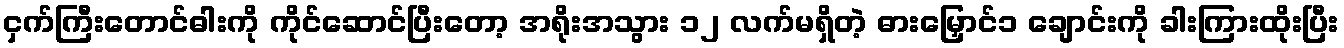
ငှက်ကြီးတောင်ဓါးကို ကိုင်ဆောင်ပြီးတော့ အရိုးအသွား ၁၂ လက်မရှိတဲ့ ဓားမြှောင်၁ ချောင်းကို ခါးကြားထိုးပြီး